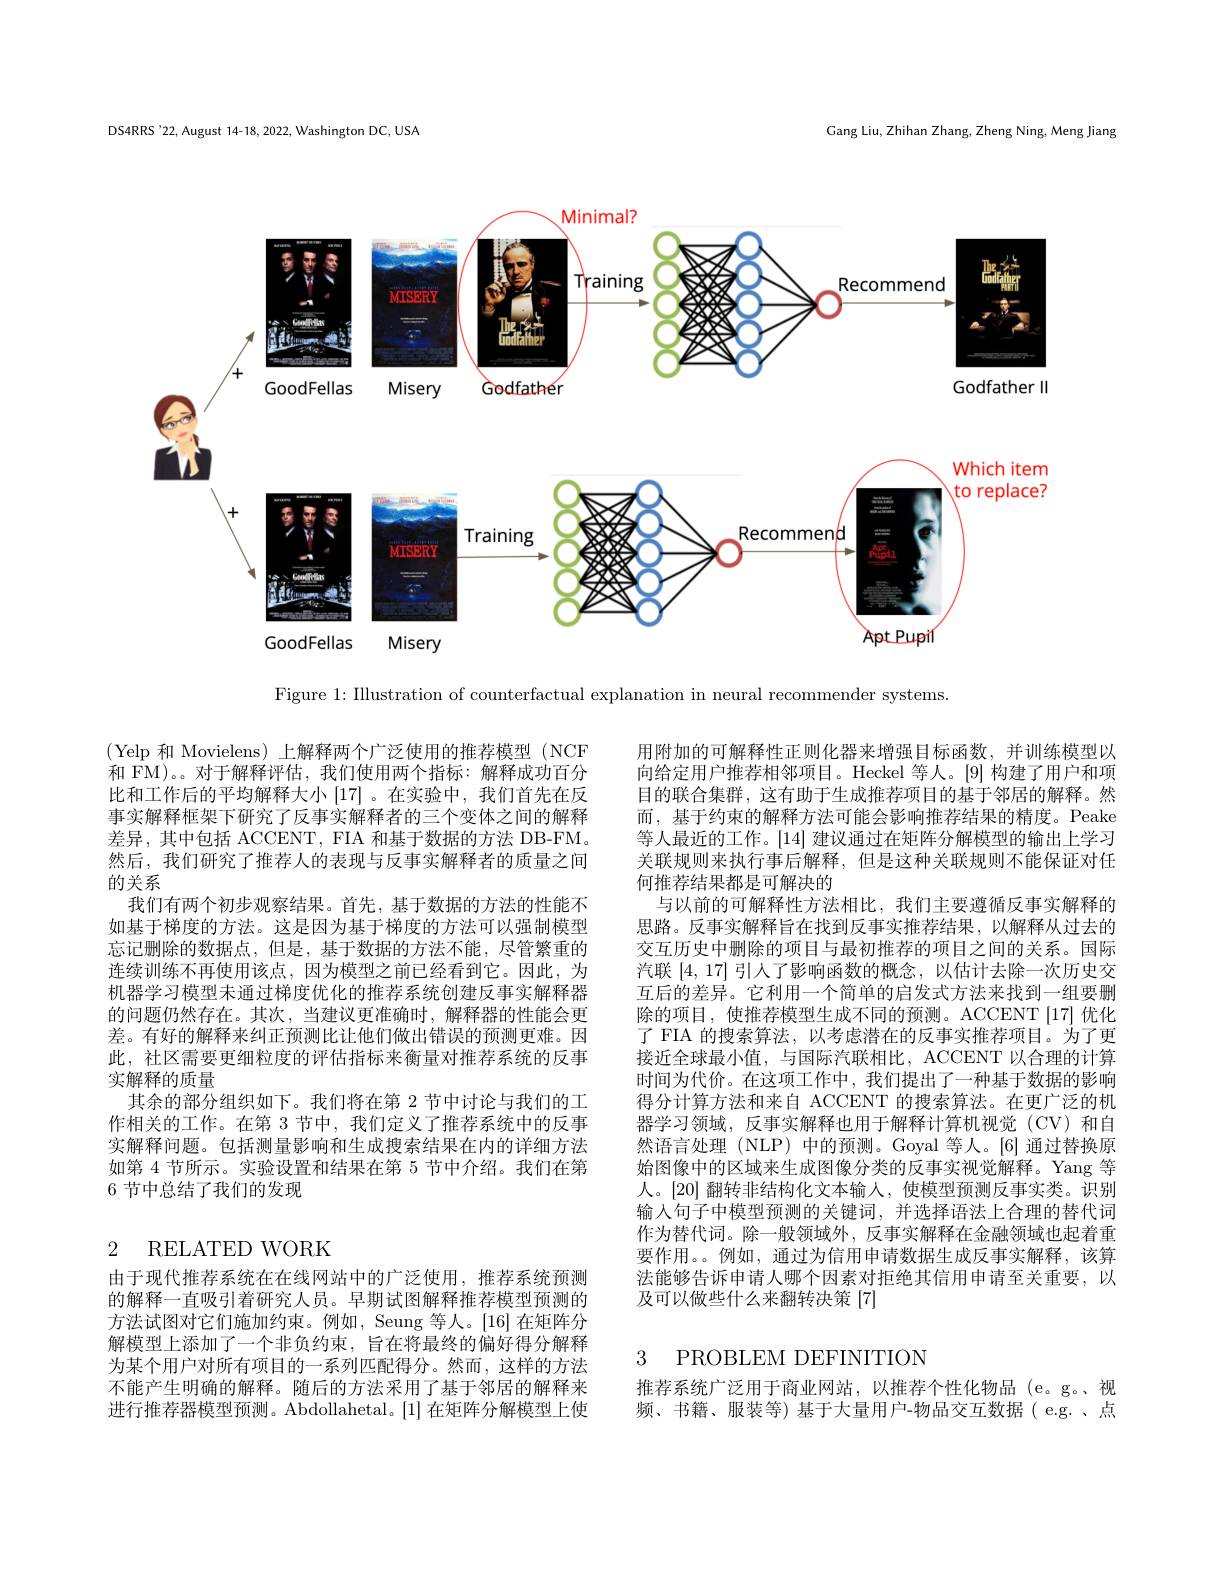
DS4RRS'22, August 14-18, 2022, Washington DC, USA

Gang Liu, Zhihan Zhang, Zheng Ning, Meng Jiang

<FigureHere>

Figure 1: Illustration of counterfactual explanation in neural recommender systems

(Yelp 和 Movielens) 上解释两个广泛使用的推荐模型 (NCF 和 FM)。。对于解释评估，我们使用两个指标：解释成功百分比和工作后的平均解释大小[17] 。在实验中，我们首先在反事实解释框架下研究了反事实解释者的三个变体之间的解释差异，其中包括 ACCENT, FIA 和基于数据的方法 DB-FM。然后，我们研究了推荐人的表现与反事实解释者的质量之间的关系
我们有两个初步观察结果。首先，基于数据的方法的性能不如基于梯度的方法。这是因为基于梯度的方法可以强制模型忘记删除的数据点，但是，基于数据的方法不能，尽管繁重的连续训练不再使用该点，因为模型之前已经看到它。因此，为机器学习模型未通过梯度优化的推荐系统创建反事实解释器的问题仍然存在。其次，当建议更准确时，解释器的性能会更差。有好的解释来纠正预测比让他们做出错误的预测更难。因此，社区需要更细粒度的评估指标来衡量对推荐系统的反事实解释的质量
其余的部分组织如下。我们将在第 2 节中讨论与我们的工作相关的工作。在第 3 节中，我们定义了推荐系统中的反事实解释问题。包括测量影响和生成搜索结果在内的详细方法如第 4 节所示。实验设置和结果在第 5 节中介绍。我们在第6 节中总结了我们的发现

用附加的可解释性正则化器来增强目标函数，并训练模型以向给定用户推荐相邻项目。Heckel 等人。[9] 构建了用户和项目的联合集群，这有助于生成推荐项目的基于邻居的解释。然而，基于约束的解释方法可能会影响推荐结果的精度。Peake 等人最近的工作。[14] 建议通过在矩阵分解模型的输出上学习关联规则来执行事后解释，但是这种关联规则不能保证对任何推荐结果都是可解决的
与以前的可解释性方法相比，我们主要遵循反事实解释的思路。反事实解释旨在找到反事实推荐结果，以解释从过去的交互历史中删除的项目与最初推荐的项目之间的关系。国际汽联[4,17]引人了影响函数的概念，以估计去除一次历史交互后的差异。它利用一个简单的启发式方法来找到一组要删除的项目，使推荐模型生成不同的预测。ACCENT[17]优化了 FIA 的搜索算法，以考虑潜在的反事实推荐项目。为了更接近全球最小值，与国际汽联相比，ACCENT 以合理的计算时间为代价。在这项工作中，我们提出了一种基于数据的影响得分计算方法和来自 ACCENT 的搜索算法。在更广泛的机器学习领域，反事实解释也用于解释计算机视觉(CV)和自然语言处理 (NLP) 中的预测。Goyal 等人。[6] 通过替换原始图像中的区域来生成图像分类的反事实视觉解释。Yang 等人。[20] 翻转非结构化文本输人，使模型预测反事实类。识别输入句子中模型预测的关键词，并选择语法上合理的替代词作为替代词。除一般领域外，反事实解释在金融领域也起着重要作用。。例如，通过为信用申请数据生成反事实解释，该算法能够告诉申请人哪个因素对拒绝其信用申请至关重要，以及可以做些什么来翻转决策 [7]

# 2 RELATED WORK

由于现代推荐系统在在线网站中的广泛使用，推荐系统预测的解释一直吸引着研究人员。早期试图解释推荐模型预测的方法试图对它们施加约束。例如，Seung 等人。[16]在矩阵分解模型上添加了一个非负约束，旨在将最终的偏好得分解释为某个用户对所有项目的一系列匹配得分。然而，这样的方法不能产生明确的解释。随后的方法采用了基于邻居的解释来进行推荐器模型预测。Abdollahetal。[1]在矩阵分解模型上使

# 3 PROBLEM DEFINITION

推荐系统广泛用于商业网站，以推荐个性化物品 (e。g。、视频、书籍、服装等) 基于大量用户-物品交互数据( e.g. 、点